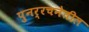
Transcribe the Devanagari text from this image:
पुनर्रचनेतील